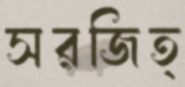
সরজিত্